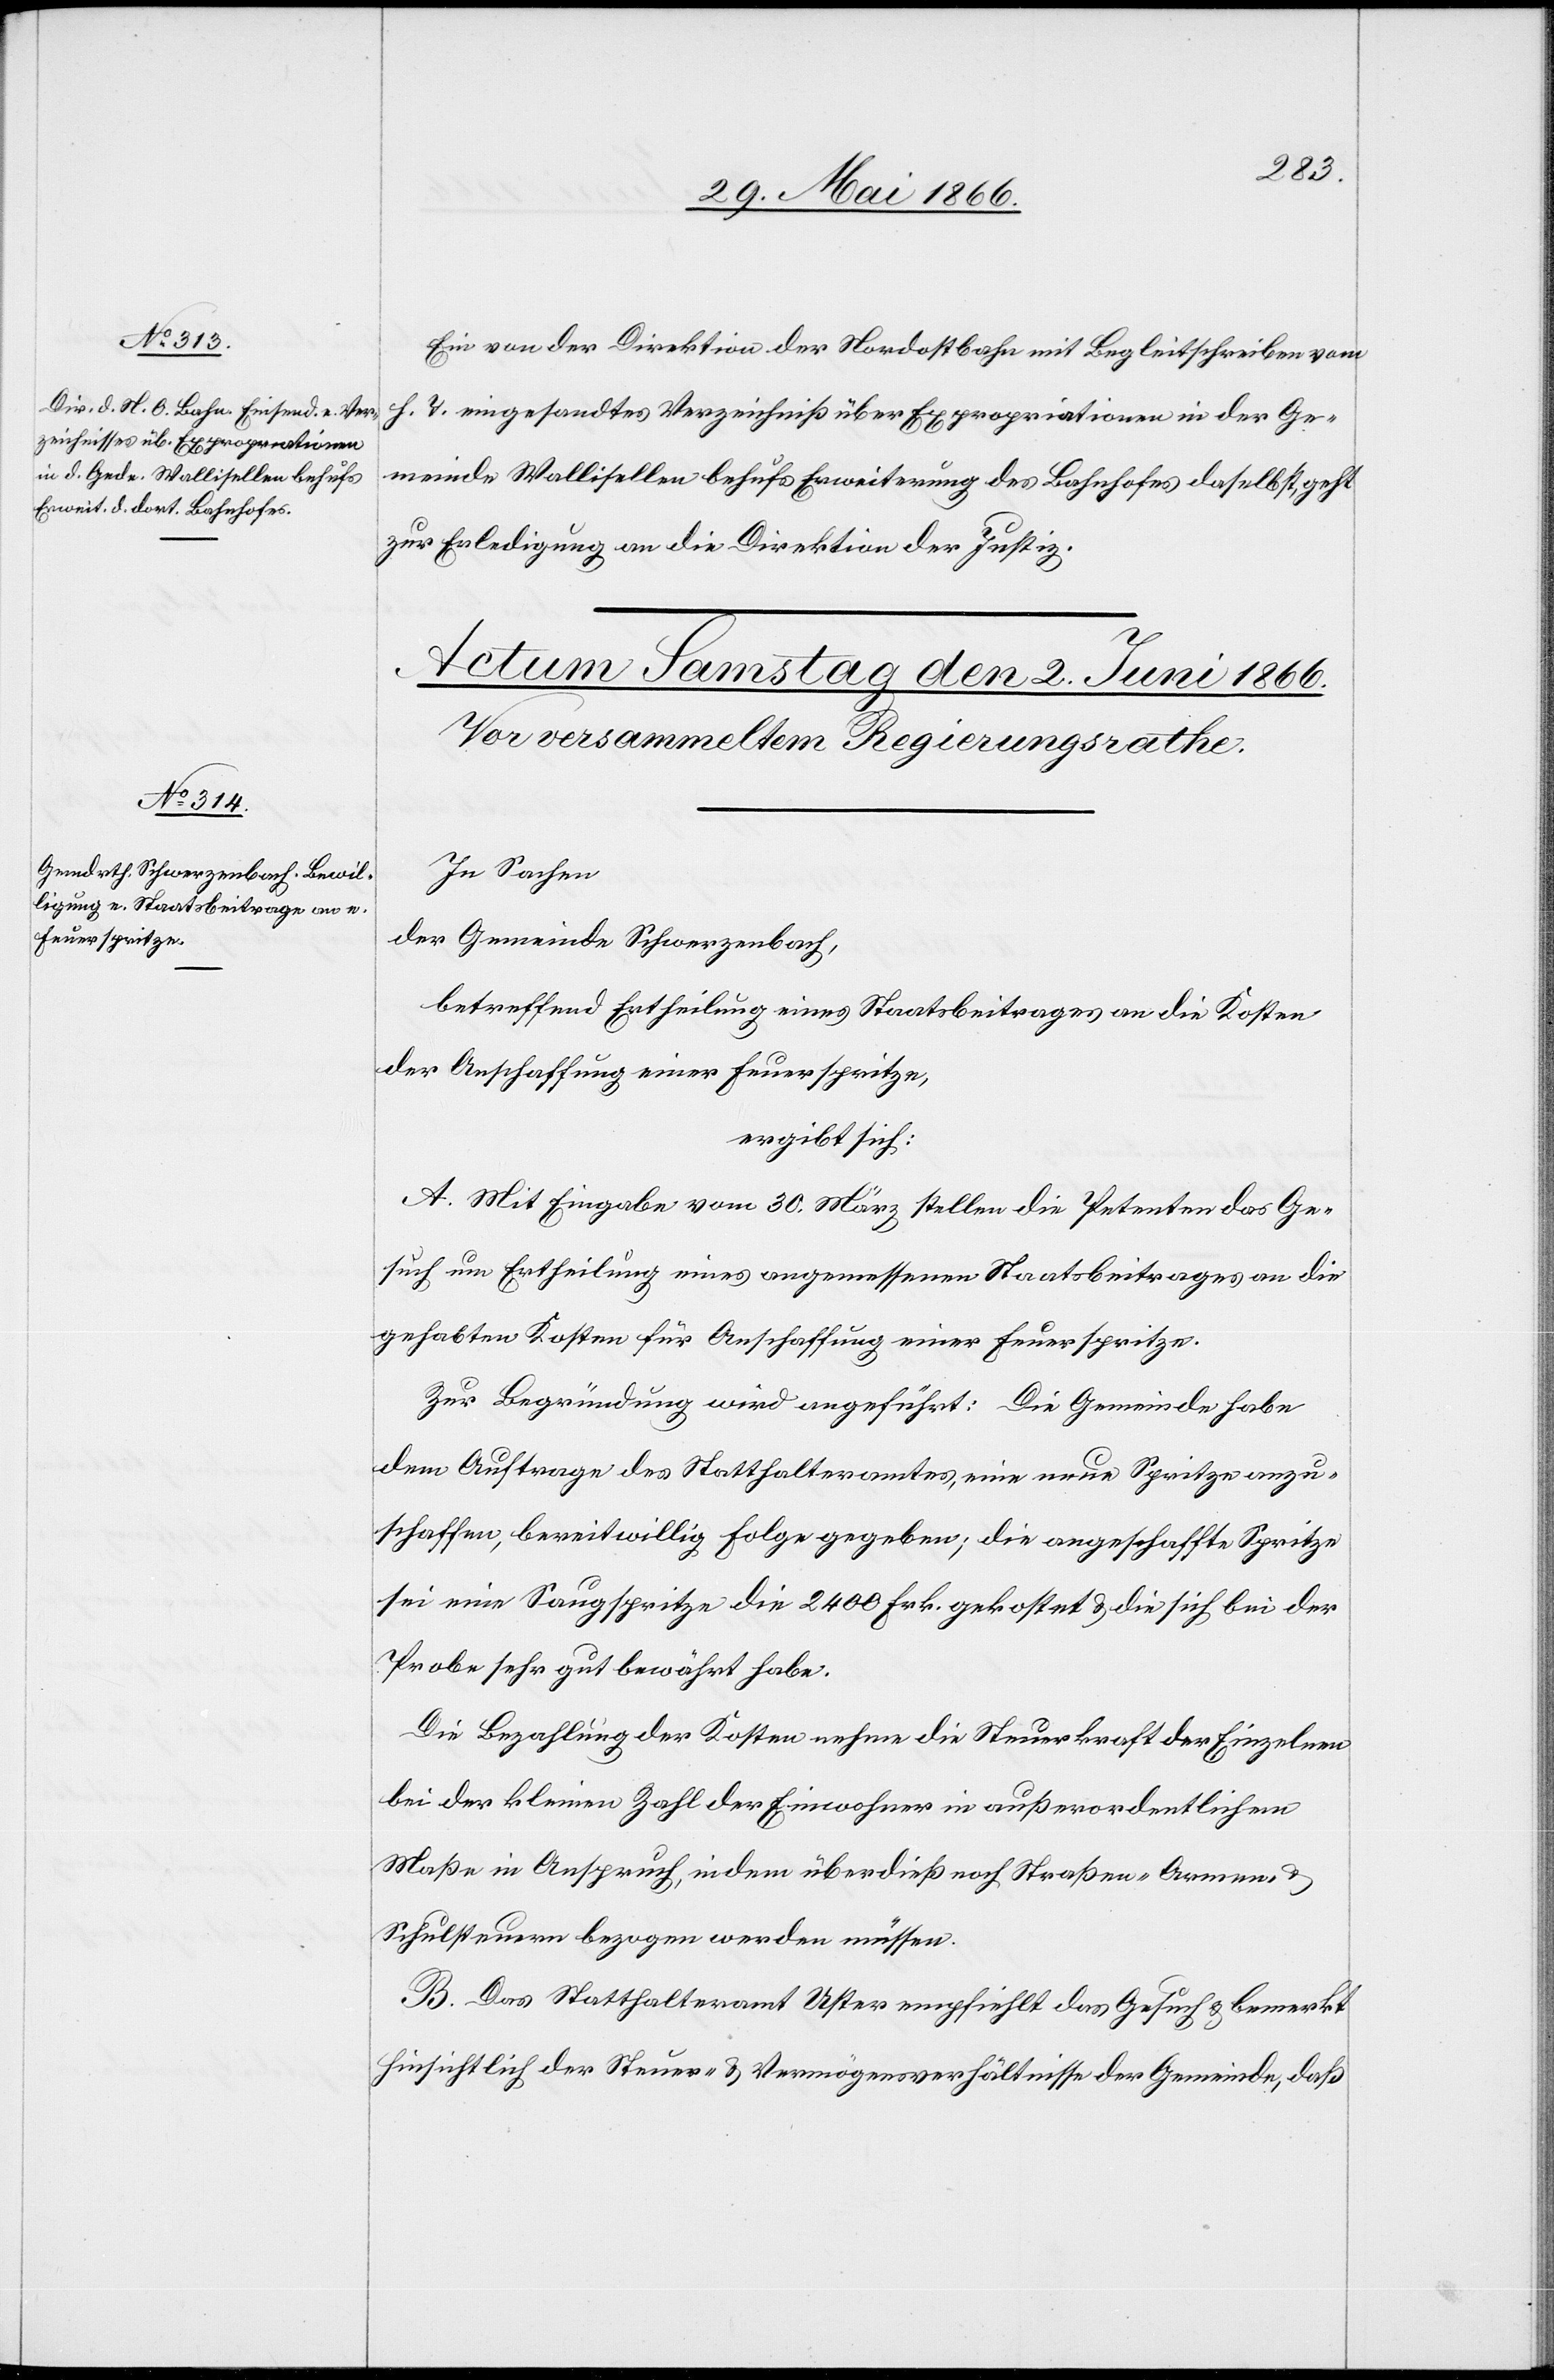
1. Juni 1866.]
Ein von der Direktion der Nordostbahn mit Begleitschreiben vom
h. T. eingesandtes Verzeichniß über Expropriationen in der Ge¬
meinde Wollishofen behufs Erweiterung des Bahnhofes daselbst, geht
zur Erledigung an die Direktion der Justiz.
In Sachen
der Gemeinde Schwerzenbach,
betreffend Ertheilung eines Staatsbeitrages an die Kosten
der Anschaffung einer Feuerspritze,
ergibt sich:
A. Mit Eingabe vom 30. März stellen die Petenten das Ge¬
such um Ertheilung eines angemessenen Staatsbeitrages an die
gehabten Kosten für Anschaffung einer Feuerspritze.
Zur Begründung wird angeführt: Die Gemeinde habe
dem Auftrage des Statthalteramtes, eine neue Spritze anzu¬
schaffen, bereitwillig Folge gegeben; die angeschaffte Spritze
sei eine Saugspritze die 2400 Frk. gekostet u. die sich bei der
Probe sehr gut bewährt habe.
Die Bezahlung der Kosten nehme die Steuerkraft der Einzelnen
bei der kleinen Zahl der Einwohner in außerordentlichem
Maße in Anspruch, indem überdieß noch Straßen-[,] Armen-
Schulsteuern bezogen werden müssen.
B. Das Statthalteramt Uster empfiehlt das Gesuch u. bemerkt
hinsichtlich der Steuer- u. Vermögensverhältnisse der Gemeinde, daß